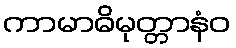
ကာမာဓိမုတ္တာနံဝ